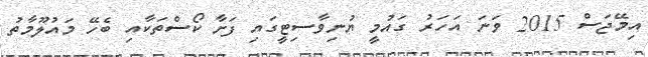
އިމޭޖަސް 2015 ވަނަ އަހަރު ގައުމީ ޔުނިވާސިޓީގައި ފަށާ ކޯސްތަކާއި ބެހޭ މައުލޫމާތު